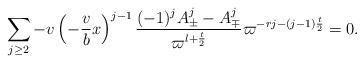
LaTeX: \begin{align*}\sum_{j\geq 2} -v\left(-\frac{v}{b}x\right)^{j-1}\frac{(-1)^jA_{\pm}^j-A_{\mp}^j}{\varpi^{l+\frac{t}{2}}}\varpi^{-rj-(j-1)\frac{t}{2}} =0.\end{align*}